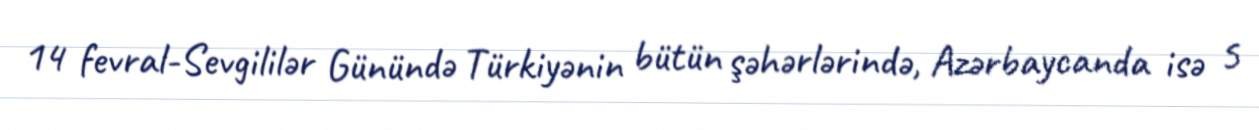
14 fevral-Sevgililər Günündə Türkiyənin bütün şəhərlərində, Azərbaycanda isə 5